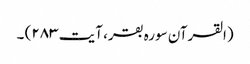
(القرآن سورہ بقر، آیت ۲۸۳) ۔